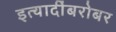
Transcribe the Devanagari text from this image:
इत्यादींबरोबर